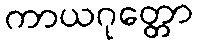
ကာယဂုတ္တော